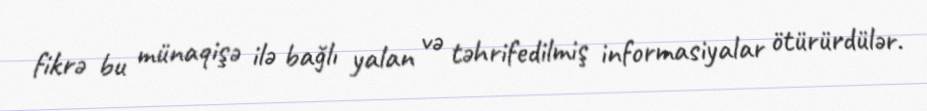
fikrə bu münaqişə ilə bağlı yalan və təhrifedilmiş informasiyalar ötürürdülər.